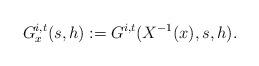
LaTeX: \begin{align*}G_x^{i,t}(s,h):=G^{i,t}(X^{-1}(x),s,h).\end{align*}